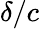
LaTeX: \delta/c